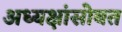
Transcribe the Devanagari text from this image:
अध्यक्षांसोबत